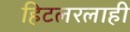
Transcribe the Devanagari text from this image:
हिटलरलाही